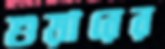
শুয়ারের